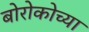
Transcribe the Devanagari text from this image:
बोरोकोच्या